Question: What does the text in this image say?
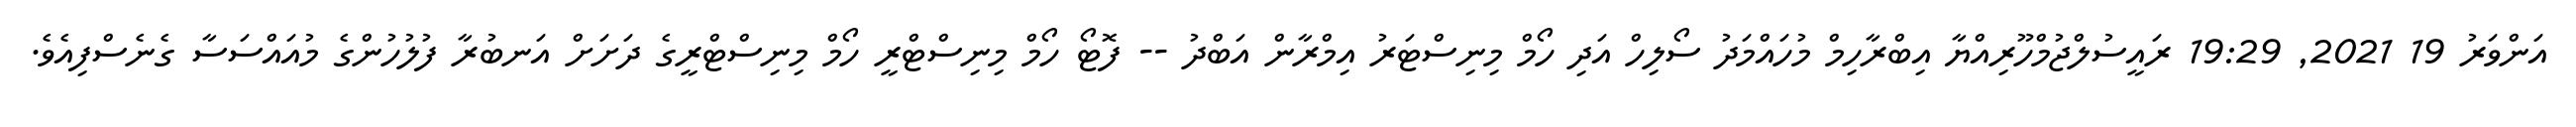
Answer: އަންވަރު 19 2021, 19:29 ރައީސުލްޖުމްހޫރިއްޔާ އިބްރާހިމް މުހައްމަދު ސޯލިހް އަދި ހޯމް މިނިސްޓަރު އިމްރާން އަބްދު -- ފޮޓޯ ހޯމް މިނިސްޓްރީ ހޯމް މިނިސްޓްރީގެ ދަށަށް އަނބުރާ ފުލުހުންގެ މުއައްސަސާ ގެނެސްފިއެވެ.